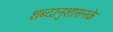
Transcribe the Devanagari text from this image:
शब्दानुशासनके